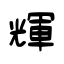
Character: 輝